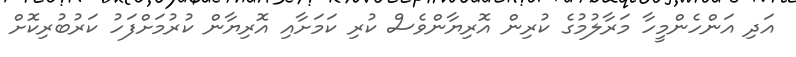
އަދި އަންހެންމީހާ މަރާލުމުގެ ކުރިން އޮރިޔާންވެސް ކުރި ކަމަށާއި އޮރިޔާން ކުރުމަށްފަހު ކަރުބުރިކޮށް